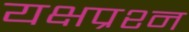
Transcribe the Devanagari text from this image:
यक्षप्रश्न